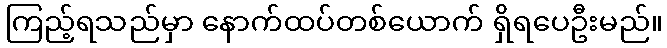
ကြည့်ရသည်မှာ နောက်ထပ်တစ်ယောက် ရှိရပေဦးမည်။